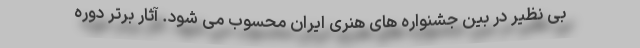
بی نظیر در بین جشنواره های هنری ایران محسوب می شود. آثار برتر دوره